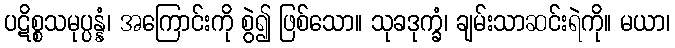
ပဋိစ္စသမုပ္ပန္နံ၊ အကြောင်းကို စွဲ၍ ဖြစ်သော။ သုခဒုက္ခံ၊ ချမ်းသာဆင်းရဲကို။ မယာ၊